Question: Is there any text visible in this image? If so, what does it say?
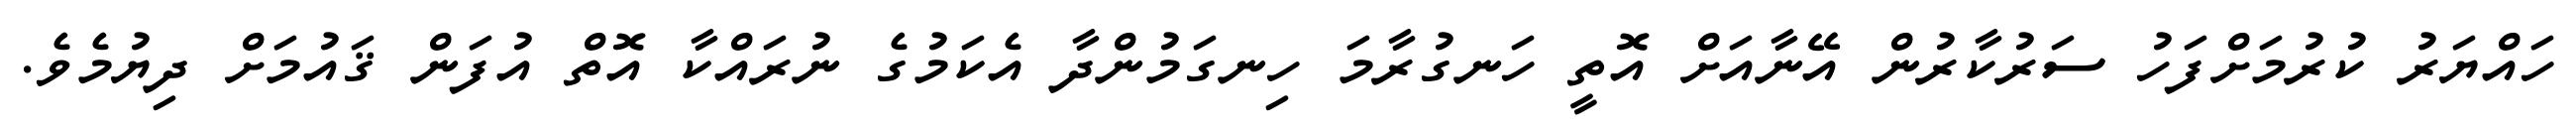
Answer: ހައްޔަރު ކުރުމަށްފަހު ސަރުކާރުން އޭނާއަށް އޮތީ ހަނގުރާމަ ހިނގަމުންދާ އެކަމުގެ ނުރައްކާ އޮތް އުފަން ޤައުމަށް ދިޔުމެވެ.